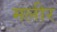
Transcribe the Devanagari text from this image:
मलीर